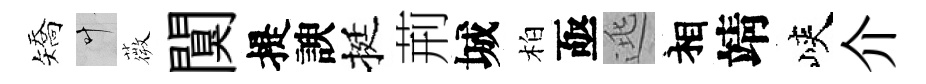
矯叶薇闃提諛挺荊城柏亟逃相靖峽介